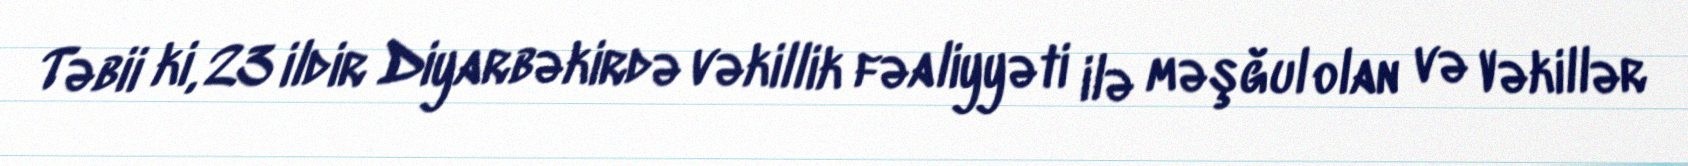
Təbii ki, 23 ildir Diyarbəkirdə vəkillik fəaliyyəti ilə məşğul olan və Vəkillər